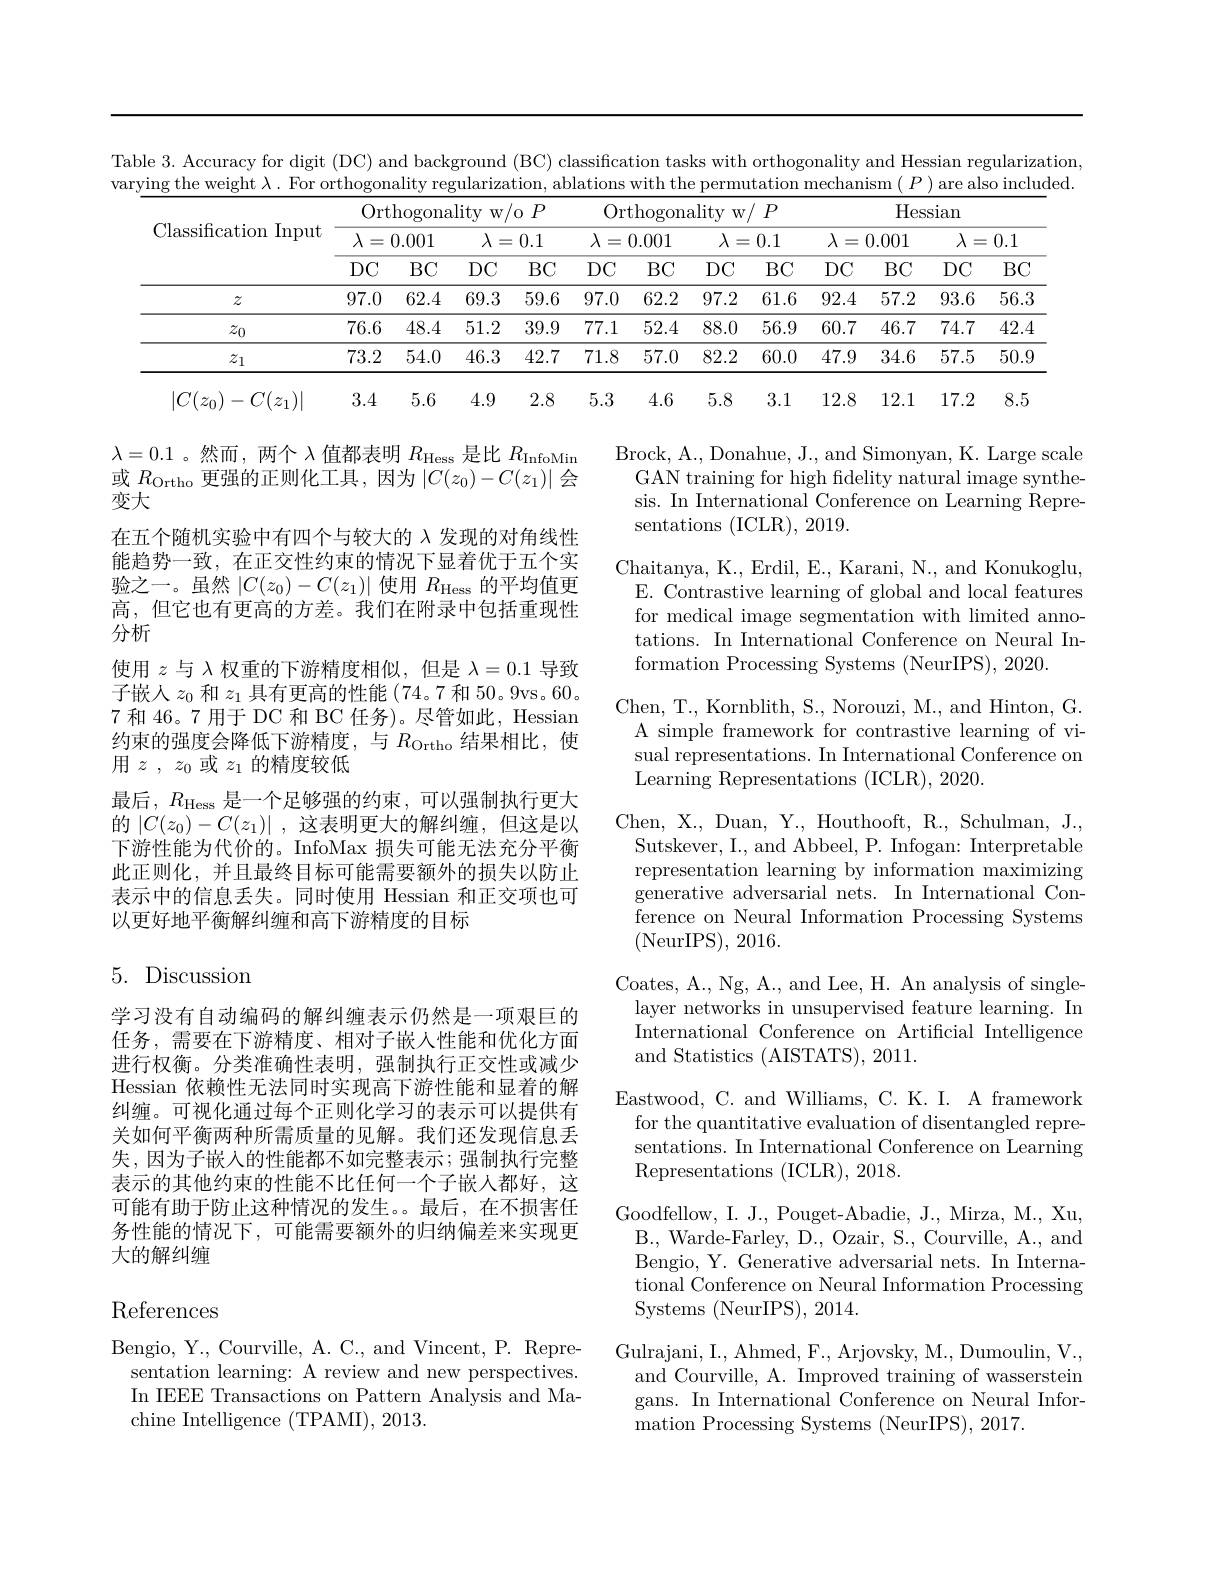
Table 3. Accuracy for digit (DC) and background (BC) classification tasks with orthogonality and Hessian regularization, varying the weight $\lambda.$ For orthogonality regularization, ablations with the permutation mechanism $(P)$ are also included
<table>
	<tbody>
		<tr>
			<th rowspan="3">Classification Input</th>
			<th colspan="4">Orthogonality $v~w/0~P$ </th>
			<th colspan="4">Orthogonality w/ $P$</th>
			<th colspan="4">Hessian</th>
		</tr>
		<tr>
			<th colspan="2">$\lambda=0.001$</th>
			<th colspan="2">$\lambda=0.1$</th>
			<th colspan="2">$\lambda=0.001$</th>
			<th colspan="2">$\lambda=0.1$</th>
			<th colspan="2">$\lambda=0.001$</th>
			<th colspan="2">$\lambda=0.1$</th>
		</tr>
		<tr>
			<th>$DC$</th>
			<th>$BC$</th>
			<th>$DC$</th>
			<th>$BC$</th>
			<th>$DC$</th>
			<th>$BC$</th>
			<th>$DC$</th>
			<th>$BC$</th>
			<th>$DC$</th>
			<th>$BC$</th>
			<th>$DC$</th>
			<th>$BC$</th>
		</tr>
		<tr>
			<td>$z$</td>
			<td>97.0</td>
			<td>62.4</td>
			<td>69.3</td>
			<td>59.6</td>
			<td>97.0</td>
			<td>62.2</td>
			<td>97.2</td>
			<td>61.6</td>
			<td>92.4</td>
			<td>57.2</td>
			<td>93.6</td>
			<td>56.3</td>
		</tr>
		<tr>
			<td>$z_0$</td>
			<td>76.6</td>
			<td>48.4</td>
			<td>51.2</td>
			<td>39.9</td>
			<td>77.1</td>
			<td>52.4</td>
			<td>88.0</td>
			<td>56.9</td>
			<td>60.7</td>
			<td>46.7</td>
			<td>74.7</td>
			<td>42.4</td>
		</tr>
		<tr>
			<td>$z_1$</td>
			<td>73.2</td>
			<td>54.0</td>
			<td>46.3</td>
			<td>42.7</td>
			<td>71.8</td>
			<td>57.0</td>
			<td>82.2</td>
			<td>60.0</td>
			<td>47.9</td>
			<td>34.6</td>
			<td>57.5</td>
			<td>50.9</td>
		</tr>
		<tr>
			<td>$|C(z_{0})-C(z_{1})|$</td>
			<td>3.4</td>
			<td>5.6</td>
			<td>4.9</td>
			<td>2.8</td>
			<td>5.3</td>
			<td>4.6</td>
			<td>5.8</td>
			<td>3.1</td>
			<td>12.8</td>
			<td>12.1</td>
			<td>17.2</td>
			<td>8.5</td>
		</tr>
	</tbody>
</table>

Brock, A., Donahue, J., and Simonyan, K. Large scale GAN training for high fidelity natural image synthesis. In International Conference on Learning Representations (ICLR), 2019.

$\lambda=0.1$ 。然而，两个$\lambda$值都表明$R_\mathrm{Hess}$是比$R_\mathrm{InfoMin}$ 或$R_\mathrm{Ortho}$更强的正则化工具，因为$|C(z_0)-C(z_1)|$会变大
在五个随机实验中有四个与较大的 λ 发现的对角线性能趋势一致，在正交性约束的情况下显着优于五个实验之一。虽然$|C(z_0)-C(z_1)|$使用$R_\mathrm{Hess}$的平均值更高，但它也有更高的方差。我们在附录中包括重现性分析
使用$z$与$\lambda$权重的下游精度相似，但是$\lambda=0.1$导致子嵌入$z_0$和$z_1$具有更高的性能 (74。7 和 50。9vs。60。7 和 46。7 用于 DC 和 BC 任务)。尽管如此，Hessian 约束的强度会降低下游精度，与$R_\mathrm{Ortho}$结果相比，使用$z$ , $z_0$或$z_1$的精度较低
最后，$R_\mathrm{Hess}$是一个足够强的约束，可以强制执行更大的$\left|C(z_0)-C(z_1)\right|$,这表明更大的解纠缠，但这是以下游性能为代价的。InfoMax 损失可能无法充分平衡此正则化，并且最终目标可能需要额外的损失以防止表示中的信息丢失。同时使用 Hessian 和正交项也可以更好地平衡解纠缠和高下游精度的目标

Chaitanya, K., Erdil, E., Karani, N., and Konukoglu, E. Contrastive learning of global and local features for medical image segmentation with limited annotations. In International Conference on Neural Information Processing Systems (NeurIPS), 2020.
Chen, T., Kornblith, S., Norouzi, M., and Hinton, G. A simple framework for contrastive learning of visual representations. In International Conference on Learning Representations (ICLR), 2020.
Chen, X., Duan, Y., Houthooft, R., Schulman, J., Sutskever, I., and Abbeel, P. Infogan: Interpretable representation learning by information maximizing generative adversarial nets. In International Conference on Neural Information Processing Systems (NeurIPS),2016.
Coates, A., Ng, A., and Lee, H. An analysis of singlelayer networks in unsupervised feature learning. In International Conference on Artificial Intelligence and Statistics (AISTATS), 2011.
Eastwood, C. and Williams, C. K. I. A framework for the quantitative evaluation of disentangled representations. In International Conference on Learning Representations (ICLR),2018.
Goodfellow, I. J., Pouget-Abadie, J., Mirza, M., Xu, B., Warde-Farley, D., Ozair, S., Courville, A., and Bengio, Y. Generative adversarial nets. In International Conference on Neural Information Processing Systems (NeurIPS), 2014.
Gulrajani, I., Ahmed, F., Arjovsky, M., Dumoulin, V.,
and Courville, A. Improved training of wasserstein gans. In International Conference on Neural Information Processing Systems (NeurIPS), 2017.

## 5. Discussion

学习没有自动编码的解纠缠表示仍然是一项艰巨的任务，需要在下游精度、相对子嵌入性能和优化方面进行权衡。分类准确性表明，强制执行正交性或减少Hessian 依赖性无法同时实现高下游性能和显着的解纠缠。可视化通过每个正则化学习的表示可以提供有关如何平衡两种所需质量的见解。我们还发现信息丢失，因为子嵌入的性能都不如完整表示；强制执行完整表示的其他约束的性能不比任何一个子嵌人都好，这可能有助于防止这种情况的发生。。最后，在不损害任务性能的情况下，可能需要额外的归纳偏差来实现更大的解纠缠

## References

Bengio, Y., Courville, A. C., and Vincent, P. Representation learning: A review and new perspectives. In IEEE Transactions on Pattern Analysis and Machine Intelligence (TPAMI),2013.